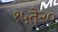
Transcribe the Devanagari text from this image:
१५ते२०